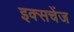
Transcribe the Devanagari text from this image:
इक्सचेंज